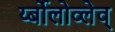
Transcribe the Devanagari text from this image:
र्य्बोलोव्लेव्